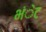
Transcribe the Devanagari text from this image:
भंेट